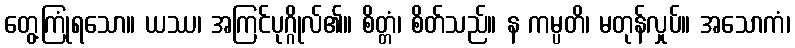
တွေ့ကြုံရသော။ ယဿ၊ အကြင်ပုဂ္ဂိုလ်၏။ စိတ္တံ၊ စိတ်သည်။ န ကမ္ပတိ၊ မတုန်လှုပ်။ အသောကံ၊